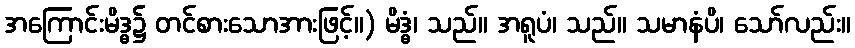
အကြောင်းမိဒ္ဓ၌ တင်စားသောအားဖြင့်။) မိဒ္ဓံ၊ သည်။ အရူပံ၊ သည်။ သမာနံပိ၊ သော်လည်း။